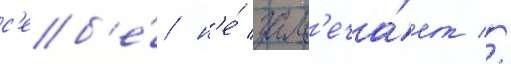
с'еб'е́ н'е́ зам'еча́ет //